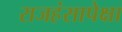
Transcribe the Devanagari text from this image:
राजहंसापेक्षा